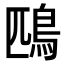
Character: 鴄